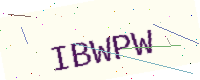
Text: IBWPW